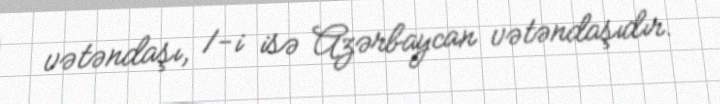
vətəndaşı, 1-i isə Azərbaycan vətəndaşıdır.